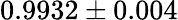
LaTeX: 0.9932\pm 0.004